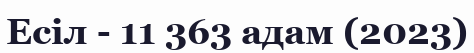
Есіл - 11 363 адам (2023)